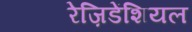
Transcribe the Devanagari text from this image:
रेज़िडेंशियल